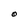
Character: O